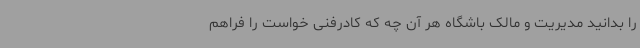
را بدانید مدیریت و مالک باشگاه هر آن چه که کادرفنی خواست را فراهم